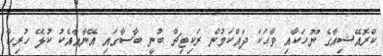
ކްރޮއޭޝިއާގެ ނޫހަކާއި ވާހަކަ ދައްކަމުން ރަކިޓިޗް ބުނީ ބާސާގައި އޭނާއާއެކު ކުޅޭ ހުރިހާ